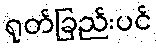
ရုတ်ခြည်းပင်